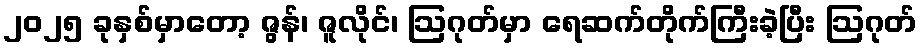
၂၀၂၅ ခုနှစ်မှာတော့ ဇွန်၊ ဇူလိုင်၊ ဩဂုတ်မှာ ရေဆက်တိုက်ကြီးခဲ့ပြီး ဩဂုတ်